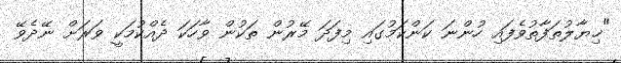
"ޚިޔާލުތަފާތުވެފައި ހުންނަ ކަންކަމުގައި މިފަދަ މޭރުން ތަކުން ވާހަކަ ދެއްކުމަކީ ވަރަށް ނޭދެވޭ